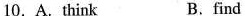
10. A.think B.find